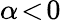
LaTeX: \alpha\! <\! 0